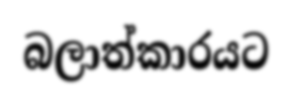
බලාත්කාරයට